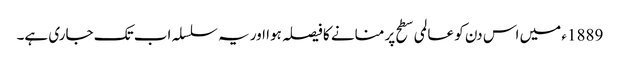
1889ء میں اس دن کو عالمی سطح پر منانے کا فیصلہ ہوا اور یہ سلسلہ اب تک جاری ہے۔